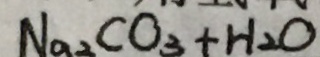
N a _ { 2 } C O _ { 3 } + H _ { 2 } O